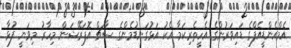
އެމްއެންޑީއެފްގެ ޑައިވަރުންގެ އެހީތެރިކަމާ އެކު އަޅުގަނޑުމެންގެ ސާޗް އޮޕަރޭޝަން މިހާރު މިވަނީ ފުޅާ